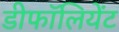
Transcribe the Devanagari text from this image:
डीफॉलियेंट